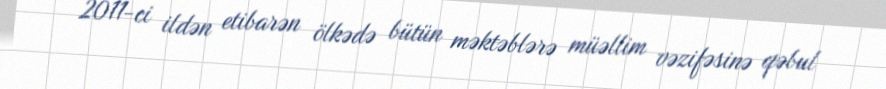
2011-ci ildən etibarən ölkədə bütün məktəblərə müəllim vəzifəsinə qəbul